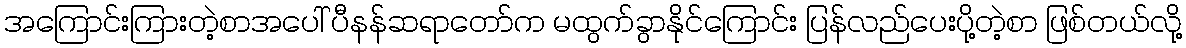
အကြောင်းကြားတဲ့စာအပေါ် ပီနန်ဆရာတော်က မထွက်ခွာနိုင်ကြောင်း ပြန်လည်ပေးပို့တဲ့စာ ဖြစ်တယ်လို့